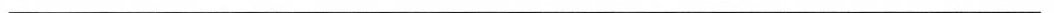
___